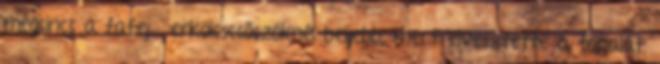
mégsincs a fafejű erkölcscsőszöknél beljebb, mert elvesztette a fonalat.